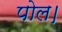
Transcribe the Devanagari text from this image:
पोल।